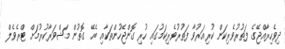
ދިވެހިރާއްޖޭގެ ފަތުރުވެރިކަން ކުރިއަރުވާ ފަތުރުވެރިކަމުގައި ހުރި ގޮންޖެހުންތަކާއި ބެހޭ ގޮތުން މަޝްވަރާކުރުމަށް ޓްރެވެލް